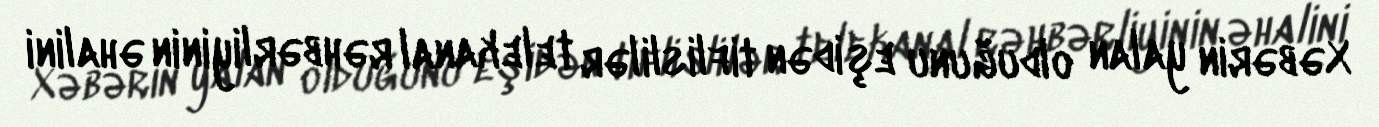
Xəbərin yalan olduğunu eşidən tiflislilər telekanal rəhbərliyinin əhalini